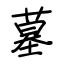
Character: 墓